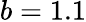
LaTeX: b=1.1